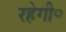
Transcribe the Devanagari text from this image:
रहेगी॰